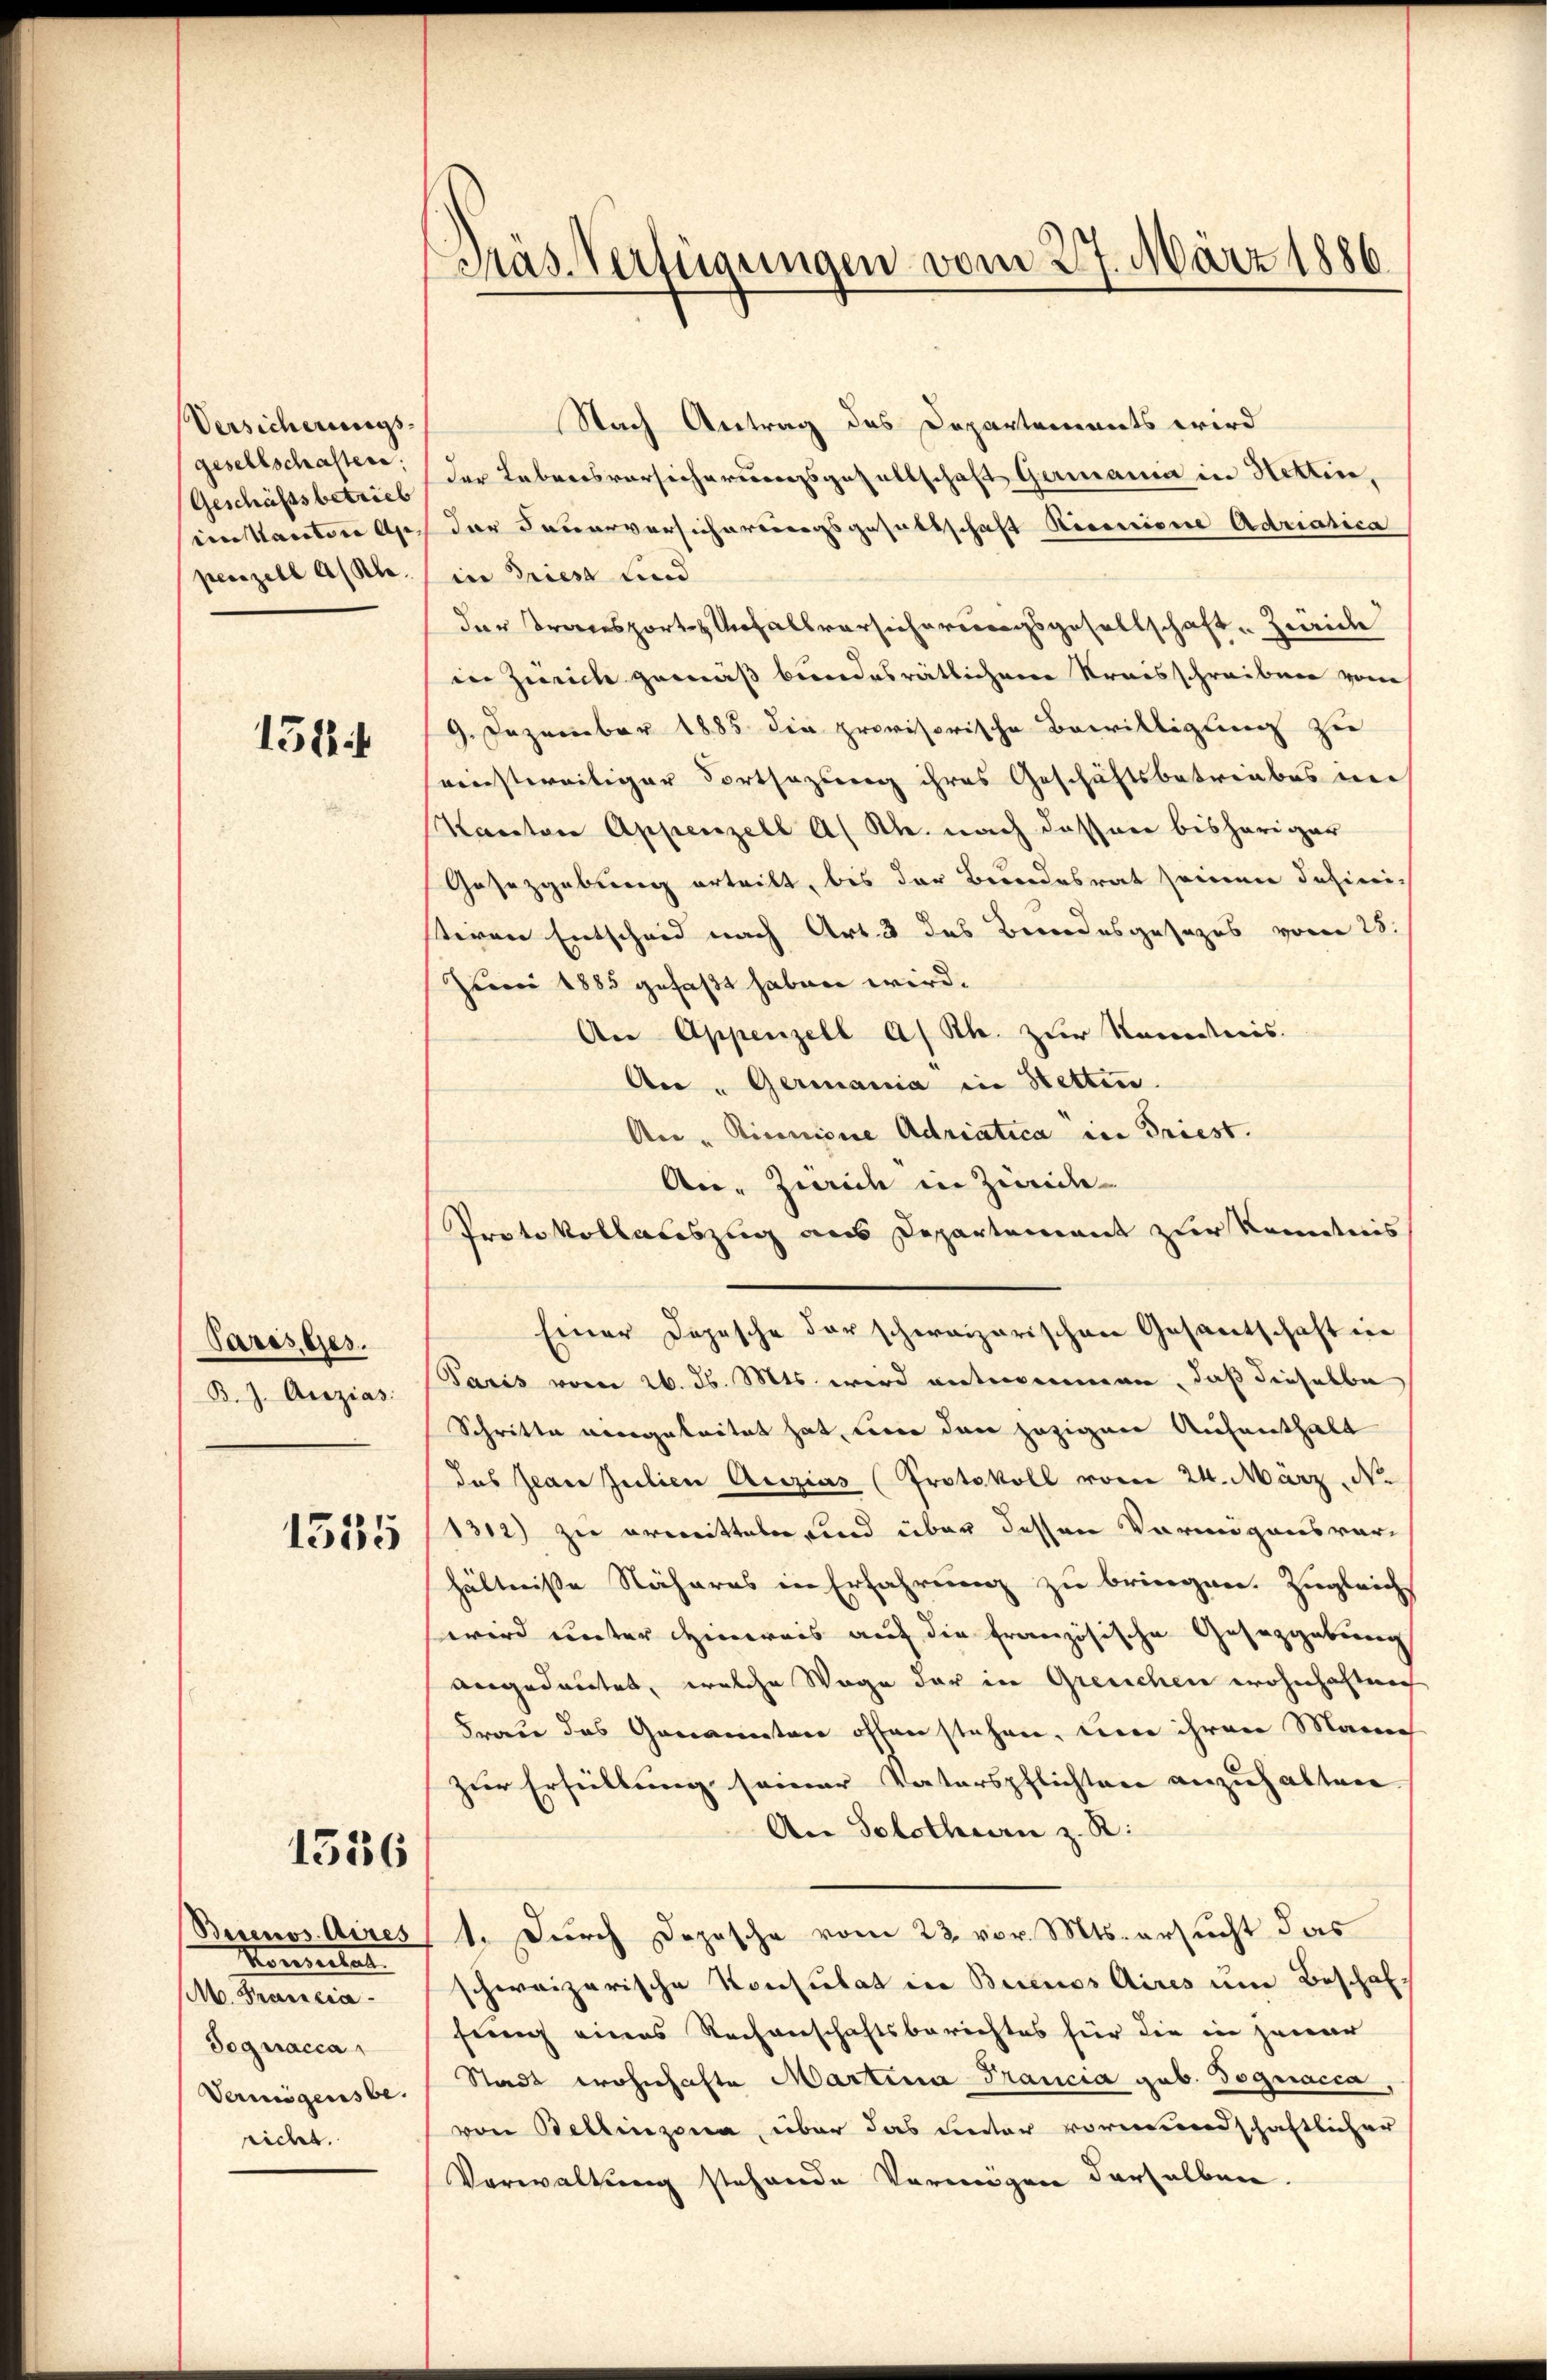
Versicherungs-
gesellschaften:
(Geschäftsbetrieb
iin Maritore Axe,
penzell A/Rhe

154.

Pares Ges.
B. J. Anzias.
1535

1536

Becenos Aires
Monsulat
M. Francia
Sognacca
Vermögensbe
richt.

Pras Verfügungen vom 27. März 1886

Nach Antrag des Departements wird
der Lebensversicherungsgesellschaft Germanna in Hettin,
der Feuerversicherungsgesellschaft Recensione Adriatica
in Griest und
der Transporte Unfallversicherungsgesellschaft, Zweide
in Zürich gemäß bindesrätlichere Kraisschreiben von
9. Dezember 1885 die provisorische Bewilligung zu
einstweiliger Fortsazung ihres Geschäftsbetreubes in
Kanton Appenzell A. Rh. nach dessen bisheriger
Gasezgebung erteilt, bis der Brundesrat seinen dahinisteren Entscheid nach Art. 3 des Bundesgesezes vom 28.
Juni 1885 gefaßt haben wird.
An Appenzell a/Rh. zur Kenntnis.
An. Germania in Stetten.
An "Rinnione Adriatica in Triest.
Au, Zürich in Zweide-
Protokollateszug aus Departement zur Kenntnis
Einer Depesche der schweizerischen Gesantschaft in
Paris vom 26. d. Mts. wird entnommen, daß dieselbe
Schritte eingeleitet hat, um den jezigen Aufenthalt
das Jean Zeilien Auzias (Protokoll vom 24. März, N.
1312) zu ermitteln und über dessen Vormigensverhältniße Näheres in Erfahrung zu bringen. Zugleichs
wird unter Hinweis auf die französische Gesetzgebung
angedautet, welche Wege der in Greuchen wohnhaftung
Frau das Genannten offen stehen, um ihren Marie
zur Erfüllung seiner Vaterspflichten anzuhalten.
An Solothurn z. R.
1. Durch Dozische vom 23. vor. Mts. ersucht das
schweizerische Konsulat in Buenos Aires um Beschaffung eines Rechenschaftsberichtes für die in jener
Stadt wohnhafte Martina Francia geb. Sognacca,
von Bellinzona, über das unter vormundschaftlicher
Verwaltung stehende Vermögen derselben.